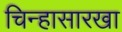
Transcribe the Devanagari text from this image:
चिन्हासारखा